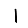
Digit: 1